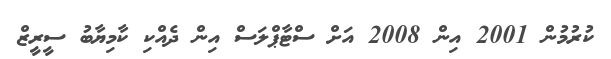
ކުރުމުން 2001 އިން 2008 އަށް ސްޓާޕްލަސް އިން ދެއްކި ކާމިޔާބު ސީރީޒް